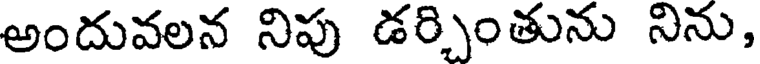
అందువలన నిపు డర్చింతును నిను,